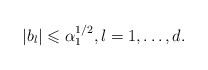
LaTeX: \begin{align*}\vert b_l\vert \leqslant \alpha _1^{1/2},l=1,\dots ,d.\end{align*}